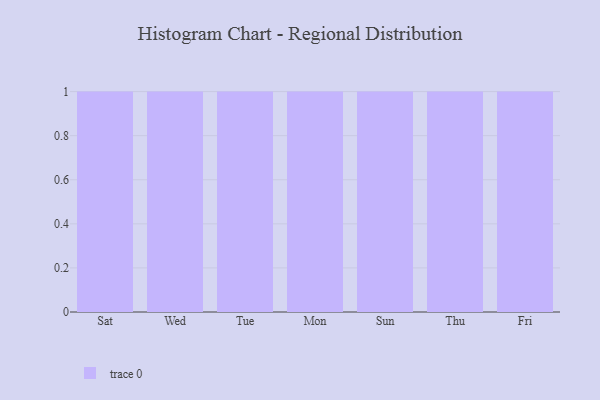
{"axis": {"x": "Day", "y": "Waste Production (Tons)"}, "legend": [""], "data": [{"x": "Sat", "y": 73, "type": ""}, {"x": "Wed", "y": 8, "type": ""}, {"x": "Tue", "y": 80, "type": ""}, {"x": "Mon", "y": 44, "type": ""}, {"x": "Sun", "y": 88, "type": ""}, {"x": "Thu", "y": 1, "type": ""}, {"x": "Fri", "y": 32, "type": ""}]}